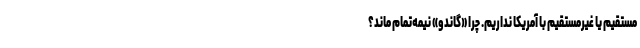
مستقیم یا غیرمستقیم با آمریکا نداریم. چرا «گاندو» نیمه‌تمام ماند؟